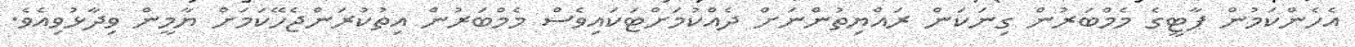
އެހެންކަމުން ޕާޓީގެ މެމްބަރުން ގިނަކަން ރައްޔިތުންނަށް ދެއްކުމަށްޓަކައިވެސް މެމްބަރުން އިތުކުރަންޖެހޭކަމަށް ޔާމީން ވިދާޅުވިއެވެ.